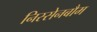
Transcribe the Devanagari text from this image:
निस्सेनबौम